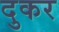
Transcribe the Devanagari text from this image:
दुकर